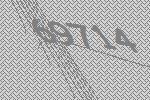
69714